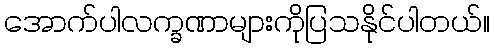
အောက်ပါလက္ခဏာများကိုပြသနိုင်ပါတယ်။